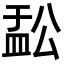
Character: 𬐟